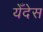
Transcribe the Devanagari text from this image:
येँदेस